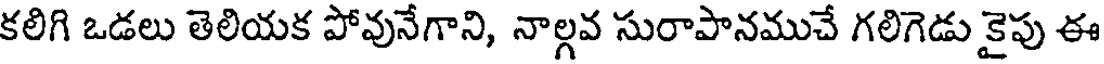
కలిగి ఒడలు తెలియక పోవునేగాని, నాల్గవ సురాపానముచే గలిగెడు కైపు ఈ